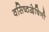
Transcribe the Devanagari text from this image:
वसिष्ठद्वेषिणी